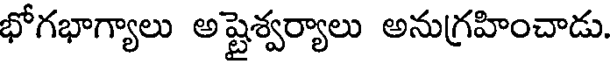
భోగభాగ్యాలు అష్టైశ్వర్యాలు అనుగ్రహించాడు.